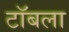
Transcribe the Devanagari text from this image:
टॉबला